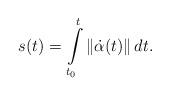
LaTeX: \begin{align*}s(t)=\int\limits_{t_{0}}^{t}\left\Vert \dot{\alpha}(t)\right\Vert dt.\end{align*}